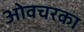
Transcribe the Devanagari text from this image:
ओवचरका